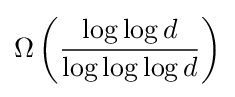
\Omega \left({\frac {\log \log d}{\log \log \log d}}\right)